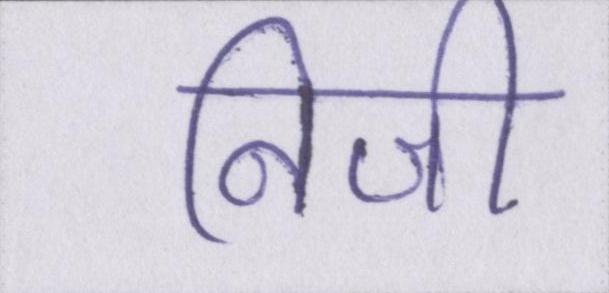
निजी